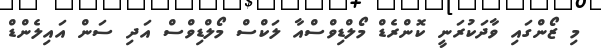
މި ޒޯންގައި ވާދަކުރަނީ ކޮންރެޑް މޯލްޑިވްސްއާ ލަކްސް މޯލްޑިވްސް އަދި ސަން އައިލެންޑް